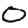
Digit: 0